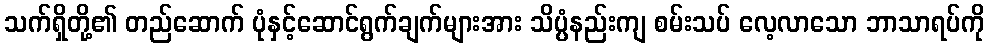
သက်ရှိတို့၏ တည်ဆောက် ပုံနှင့်ဆောင်ရွက်ချက်များအား သိပ္ပံနည်းကျ စမ်းသပ် လေ့လာသော ဘာသာရပ်ကို